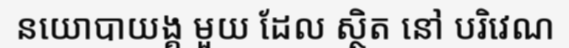
នយោបាយង្គ មួយ ដែល ស្ថិត នៅ បរិវេណ